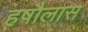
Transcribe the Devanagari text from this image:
हषौलास